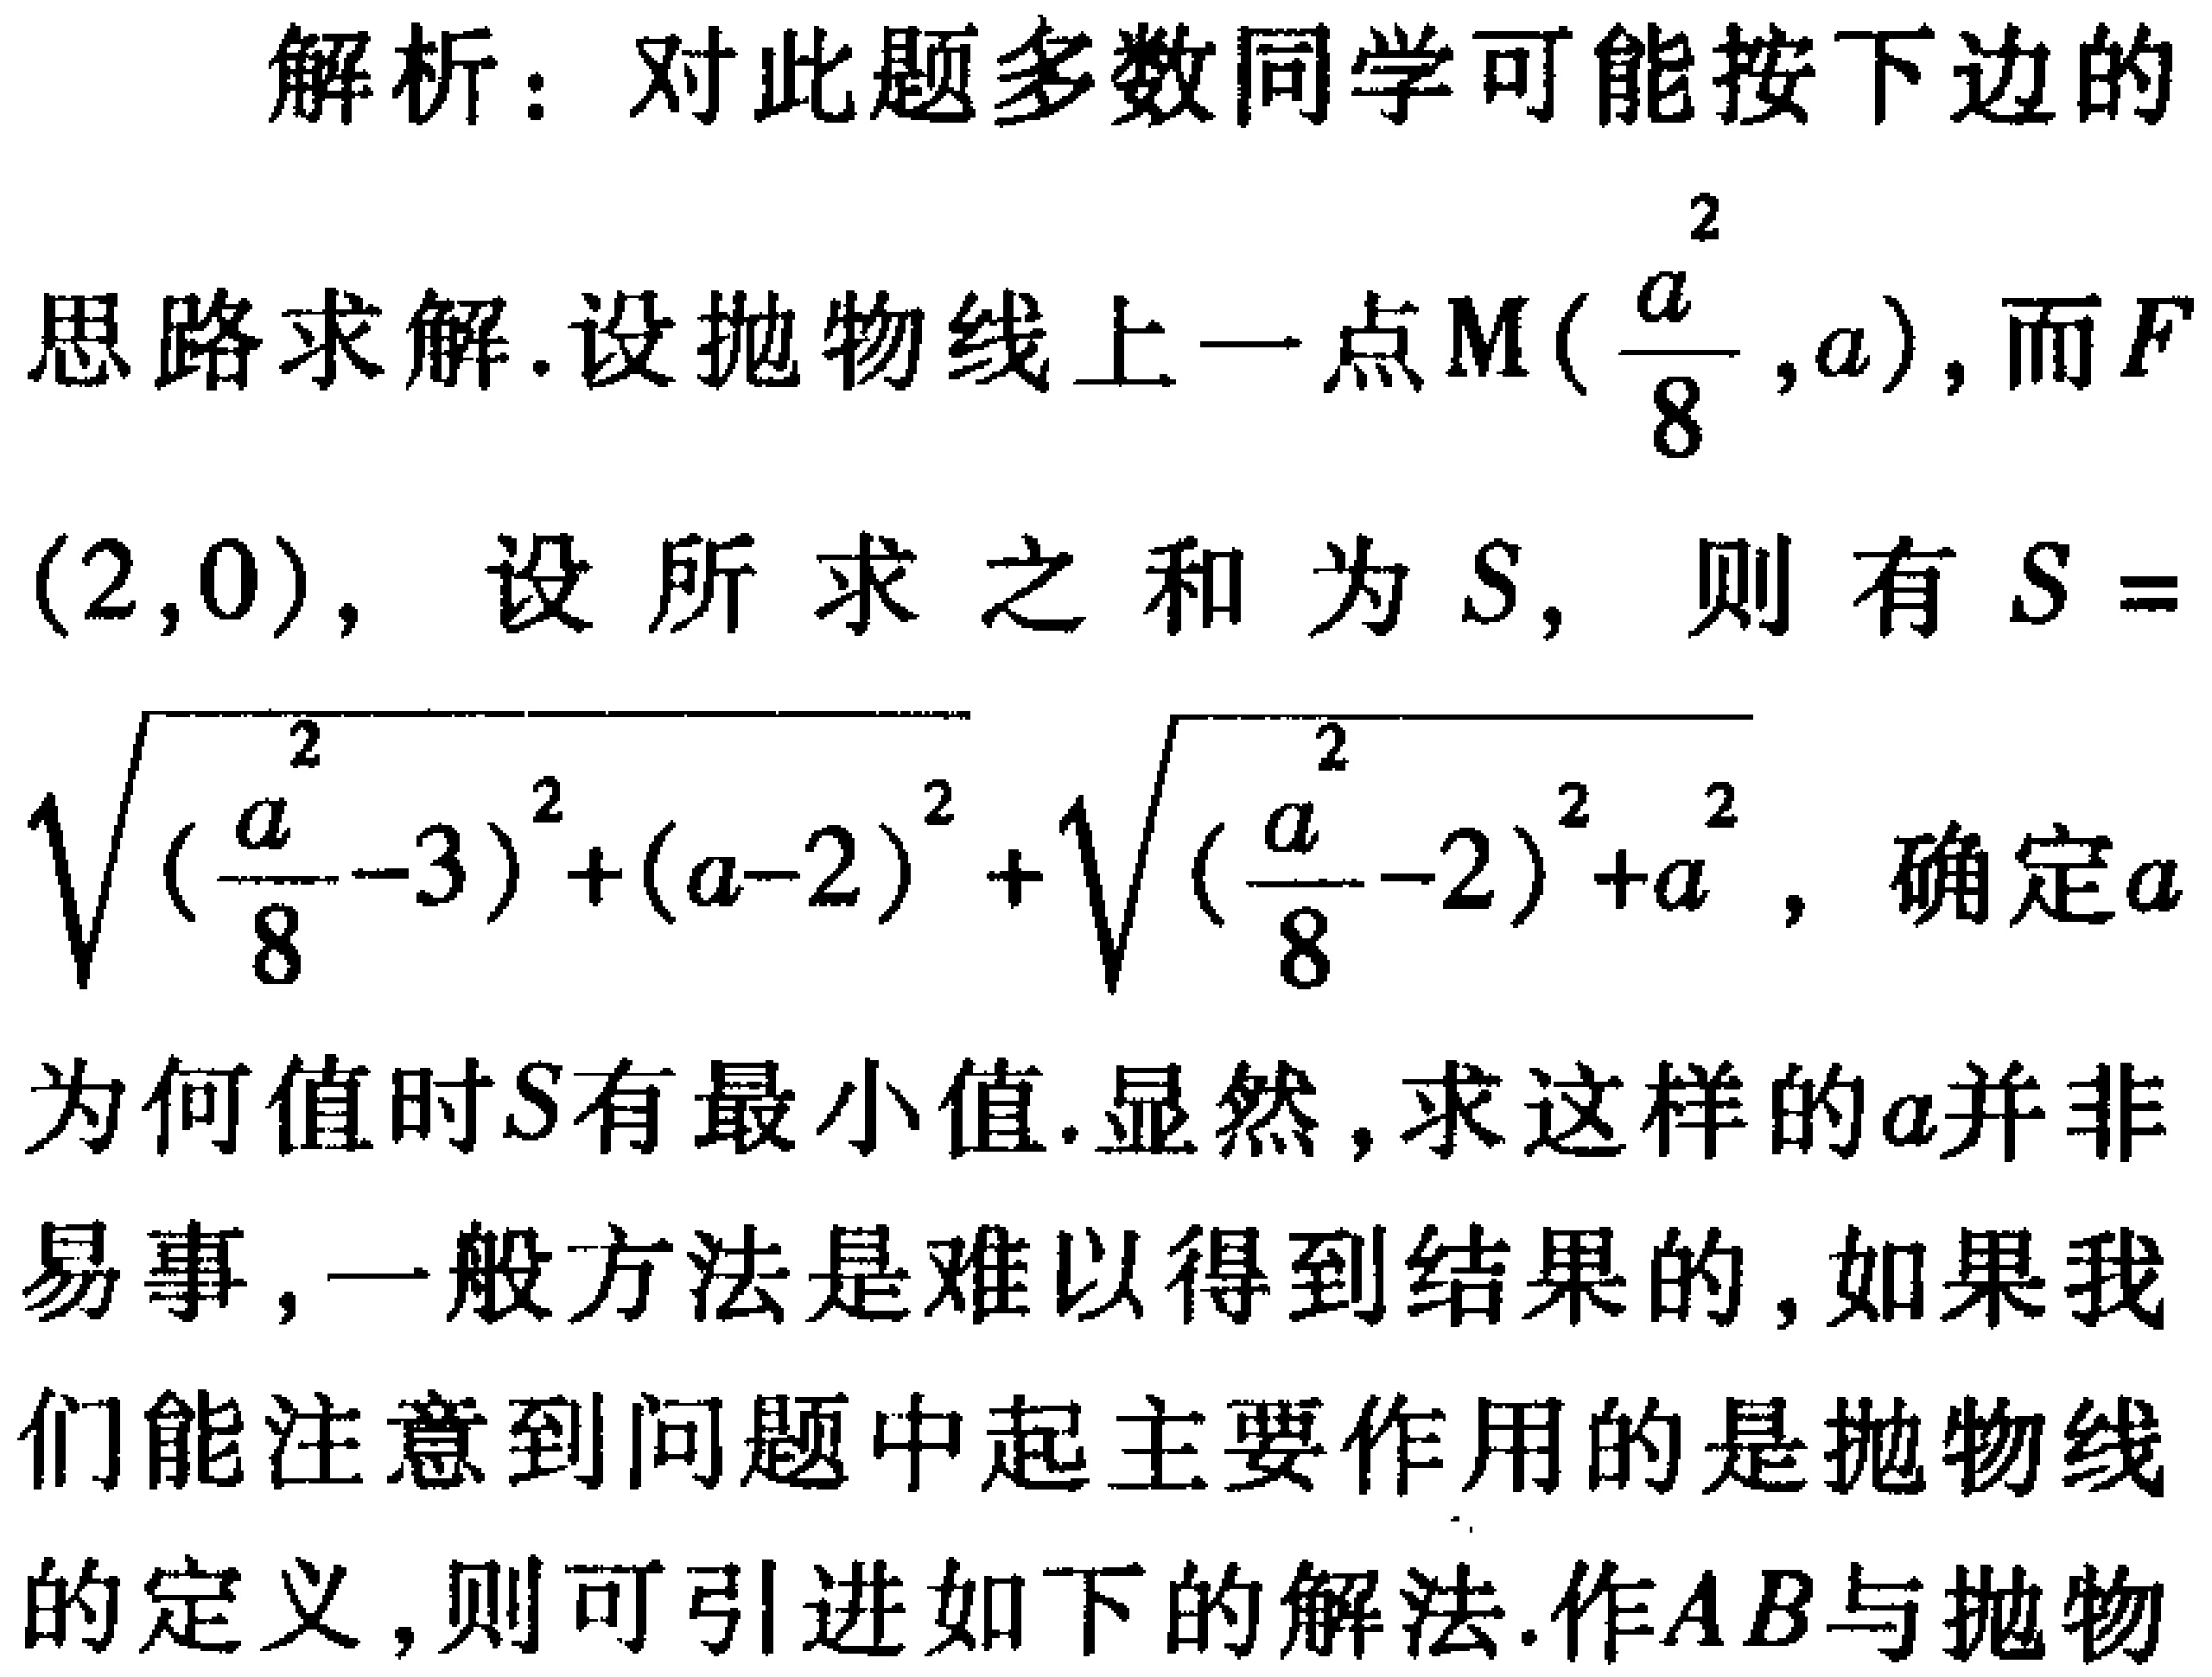
解析：对此题多数同学可能按下边的
思路求解.设抛物线上一点\(M(\frac{a^{2}}{8},a)\)，而\(F\)
\((2,0)\)，设所求之和为\(S\)，则有\(S = \sqrt{(\frac{a^{2}}{8}-3)^{2}+(a - 2)^{2}}+\sqrt{(\frac{a^{2}}{8}-2)^{2}+a^{2}}\)，确定\(a\)
为何值时\(S\)有最小值.显然，求这样的\(a\)并非
易事，一般方法是难以得到结果的，如果我
们能注意到问题中起主要作用的是抛物线
的定义，则可引进如下的解法.作\(AB\)与抛物